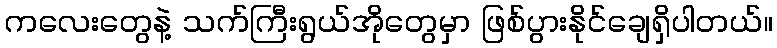
ကလေးတွေနဲ့ သက်ကြီးရွယ်အိုတွေမှာ ဖြစ်ပွားနိုင်ချေရှိပါတယ်။